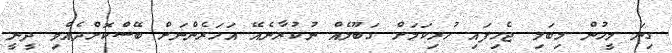
ގިނަ މީހުން މިބަލި ޖެހިފައި ހުރިކަމަށް ގަބޫލެއް ނުކުރާނެއޭ އަހަރެންނަށް ބޭސްކޮށްދެއްވި ދީނީ